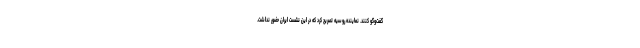
گفت‌وگو کنند. نماینده روسیه تصریح کرد که در این نشست ایران حضور نداشت.